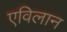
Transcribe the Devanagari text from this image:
एविलान